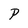
Character: P